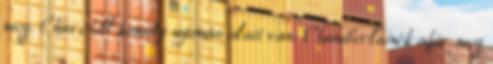
meg. Churchill komoly nyomás alatt van: Chamberlainék akár meg